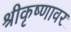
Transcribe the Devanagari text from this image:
श्रीकृष्णावर